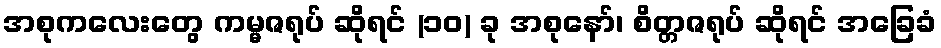
အစုကလေးတွေ ကမ္မဇရုပ် ဆိုရင် (၁၀) ခု အစုနော်၊ စိတ္တဇရုပ် ဆိုရင် အခြေခံ